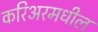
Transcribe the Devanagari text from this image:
करिअरमधील